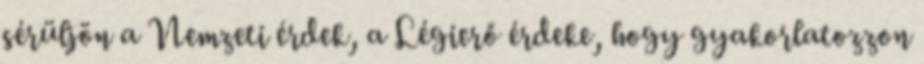
sérüljön a Nemzeti érdek, a Légierő érdeke, hogy gyakorlatozzon